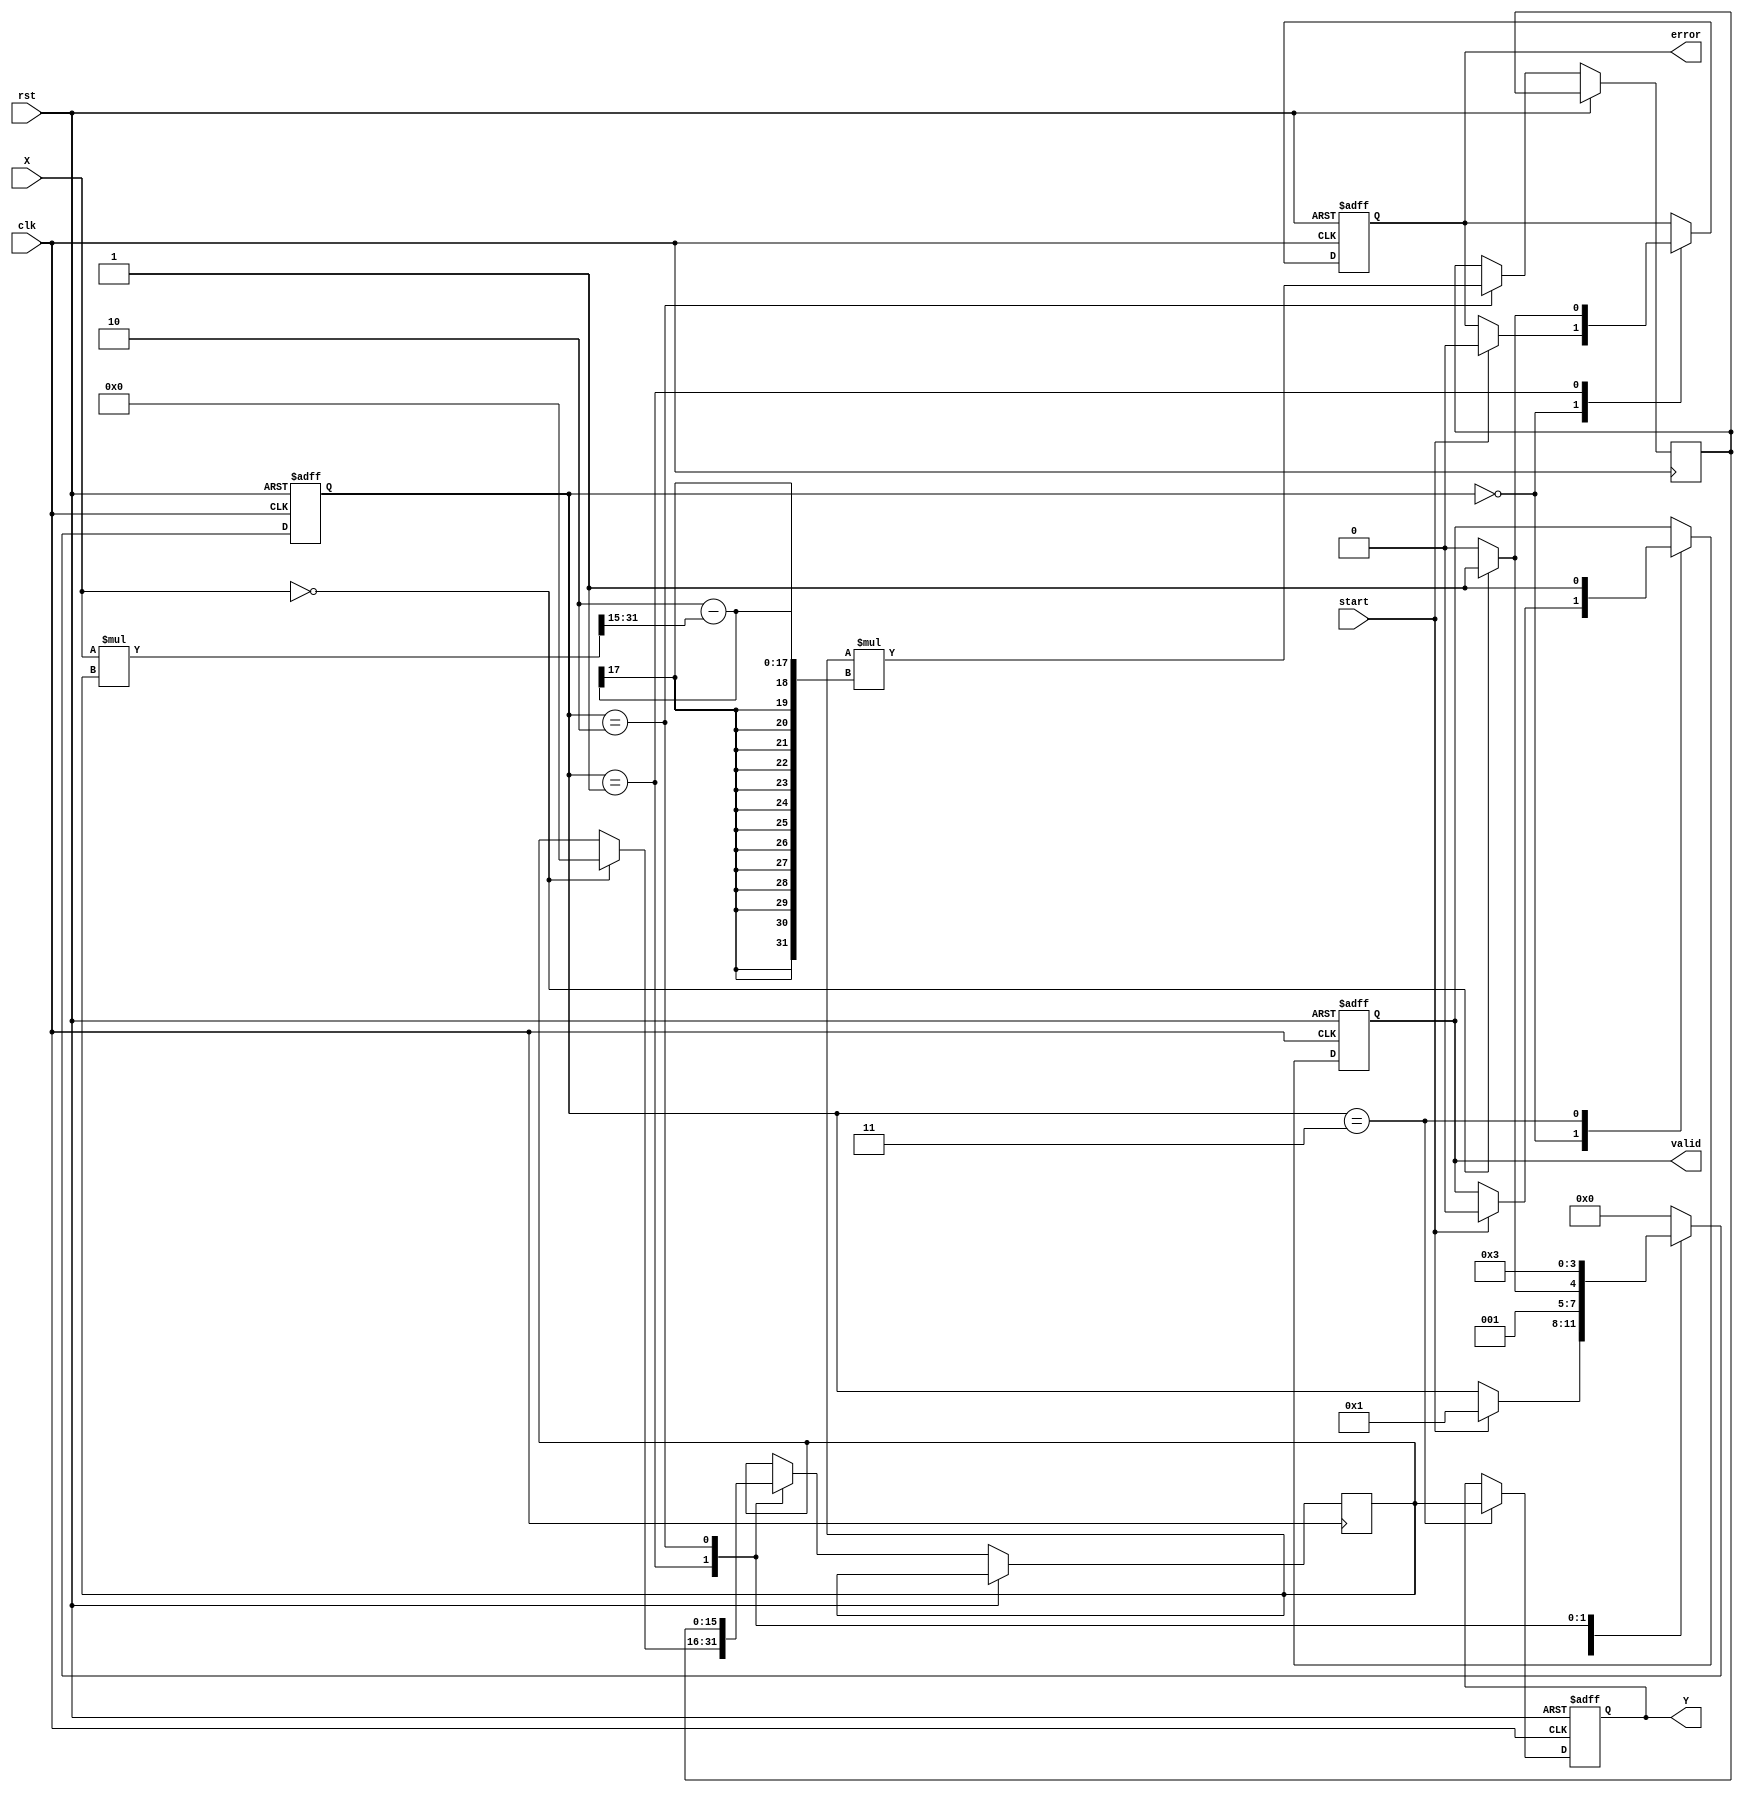
module DirectReciprocalUnit (
    input wire clk,
    input wire rst,
    input wire start,
    input wire [15:0] X, // Fixed-point input (16-bit)
    output reg [15:0] Y, // Reciprocal output (16-bit)
    output reg valid,     // Valid output flag
    output reg error      // Error flag for invalid input
);

    reg [15:0] reciprocal; // Intermediate reciprocal value
    reg [3:0] state;       // State machine state
    reg [15:0] temp;       // Temporary variable for calculations

    // State encoding
    localparam IDLE = 4'b0000,
               VALIDATE = 4'b0001,
               CALCULATE = 4'b0010,
               OUTPUT = 4'b0011;

    // State machine for processing
    always @(posedge clk or posedge rst) begin
        if (rst) begin
            state <= IDLE;
            Y <= 16'b0;
            valid <= 1'b0;
            error <= 1'b0;
        end else begin
            case (state)
                IDLE: begin
                    if (start) begin
                        state <= VALIDATE;
                        valid <= 1'b0;
                        error <= 1'b0;
                    end
                end

                VALIDATE: begin
                    if (X == 16'b0) begin
                        error <= 1'b1;  // Division by zero
                        reciprocal <= 16'b0; // Set to zero or a predefined error code
                        state <= OUTPUT;
                    end else begin
                        error <= 1'b0;
                        state <= CALCULATE;
                    end
                end

                CALCULATE: begin
                    // Simple iterative method for reciprocal calculation
                    // Using Newton-Raphson method: x(n+1) = x(n) * (2 - X * x(n))
                    // Initial guess: reciprocal = 1 (fixed-point representation)
                    reciprocal <= 16'h0001; // Initial guess
                    temp <= reciprocal * (2 - (X * reciprocal >> 15)); // Shift for fixed-point
                    reciprocal <= temp;
                    state <= OUTPUT;
                end

                OUTPUT: begin
                    Y <= reciprocal;
                    valid <= 1'b1; // Set valid output
                    state <= IDLE; // Go back to idle
                end

                default: state <= IDLE; // Default state
            endcase
        end
    end
endmodule